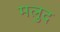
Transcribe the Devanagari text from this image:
मलुद